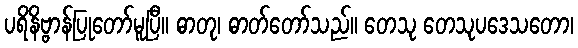
ပရိနိဗ္ဗာန်ပြုတော်မူပြီ။ ဓာတု၊ ဓာတ်တော်သည်။ တေသု တေသုပဒေသတော၊